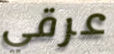
عرقي